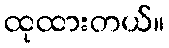
ထုထားတယ်။